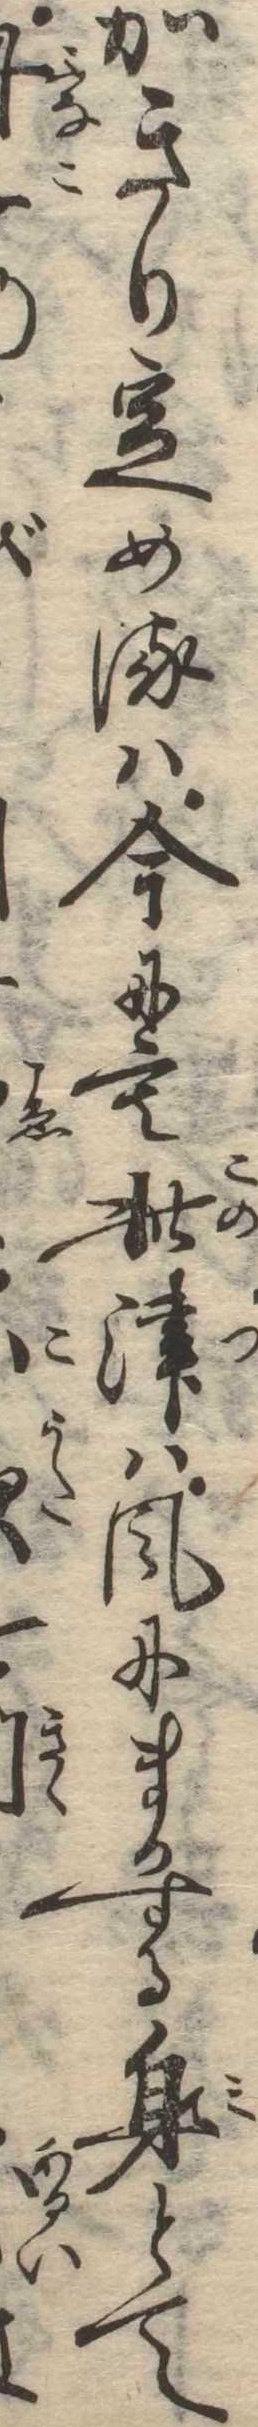
かきり定めるは今にも此津は風にまかする身とて